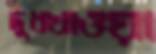
দুধখাওয়া